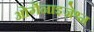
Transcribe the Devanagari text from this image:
ओर्गेनाइज़ेश्न